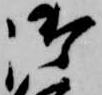
御